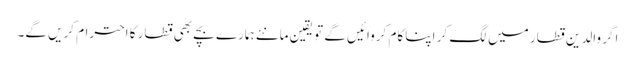
اگر والدین قطار میں لگ کر اپنا کام کروائیں گے تو یقین مانئے ہمارے بچے بھی قطار کا احترام کریں گے۔